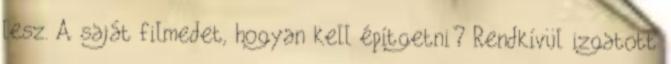
lesz. A saját filmedet, hogyan kell építgetni? Rendkívül izgatott